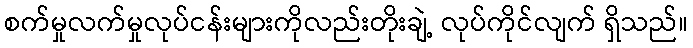
စက်မှုလက်မှုလုပ်ငန်းများကိုလည်းတိုးချဲ့ လုပ်ကိုင်လျက် ရှိသည်။